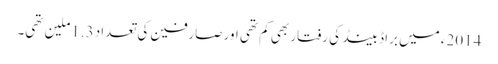
2014ء میں براڈ بینڈ کی رفتار بھی کم تھی اور صارفین کی تعداد 1.3ملین تھی۔